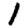
Digit: 1